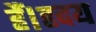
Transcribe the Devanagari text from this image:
हैं।हृदय